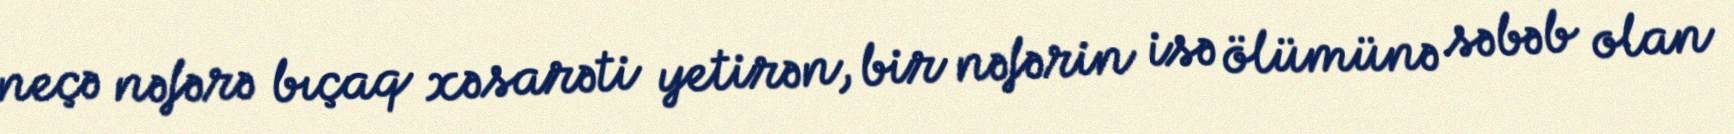
neçə nəfərə bıçaq xəsarəti yetirən, bir nəfərin isə ölümünə səbəb olan